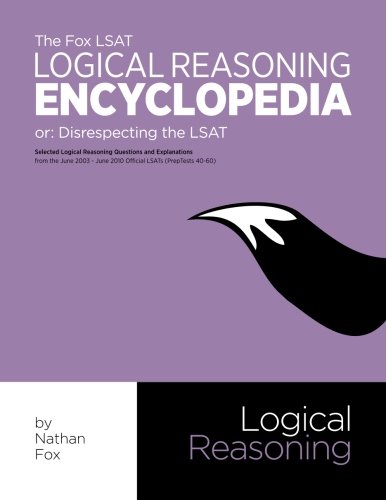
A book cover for The Fox LSAT Logical Reasoning Encyclopedia: Disrespecting the LSAT; Nathan Fox; Test Preparation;